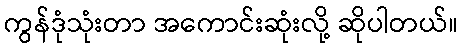
ကွန်ဒုံသုံးတာ အကောင်းဆုံးလို့ ဆိုပါတယ်။